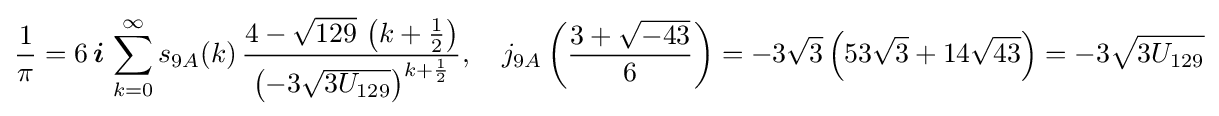
{\frac {1}{\pi }}=6\,{\boldsymbol {i}}\,\sum _{k=0}^{\infty }s_{9A}(k)\,{\frac {4-{\sqrt {129}}\,\left(k+{\frac {1}{2}}\right)}{\left(-3{\sqrt {3U_{129}}}\right)^{k+{\frac {1}{2}}}}},\quad j_{9A}\left({\frac {3+{\sqrt {-43}}}{6}}\right)=-3{\sqrt {3}}\left(53{\sqrt {3}}+14{\sqrt {43}}\right)=-3{\sqrt {3U_{129}}}